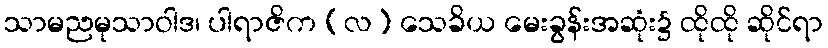
သာမညမုသာဝါဒ၊ ပါရာဇိက (လ) သေခိယ မေးခွန်းအဆုံး၌ ထိုထို ဆိုင်ရာ